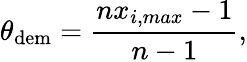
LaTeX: \theta_{\mathrm{dem}}=\frac{nx_{i,max}-1}{n-1},